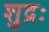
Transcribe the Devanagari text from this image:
शुद्रः